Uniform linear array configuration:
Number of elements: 8
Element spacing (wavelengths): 1
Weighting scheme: hann
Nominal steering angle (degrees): -60
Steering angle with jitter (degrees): -59.306
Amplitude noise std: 0.05
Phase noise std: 0.05

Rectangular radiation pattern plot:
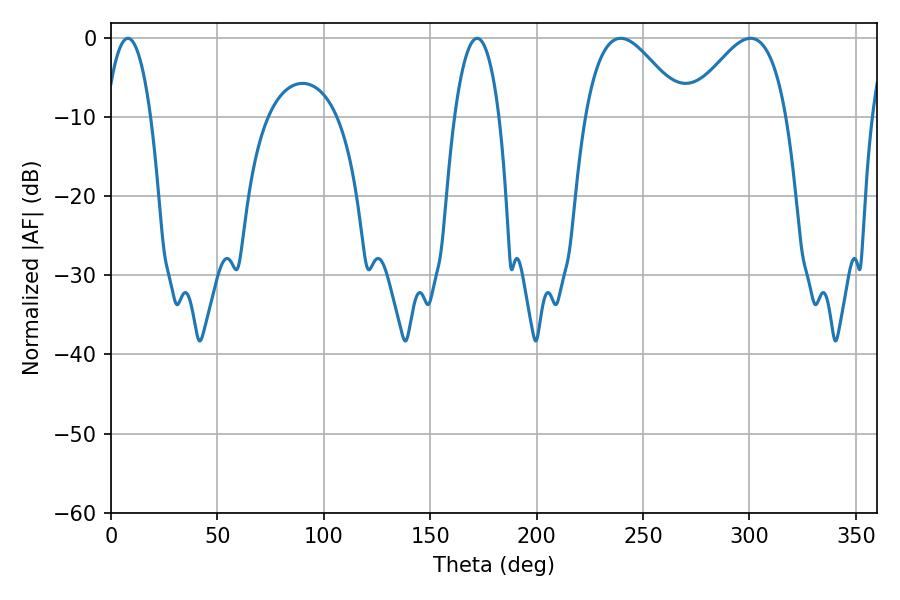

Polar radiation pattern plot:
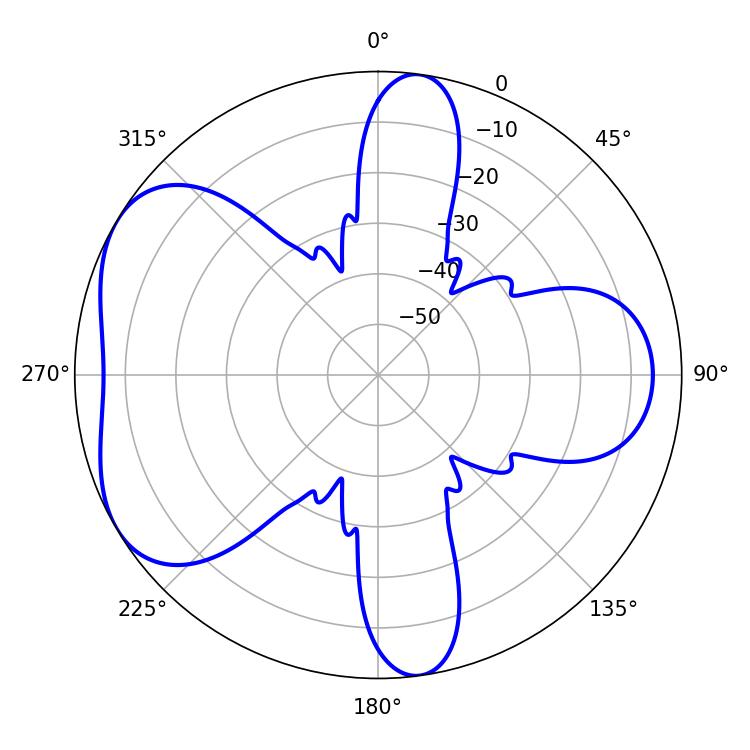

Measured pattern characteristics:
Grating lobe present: TRUE
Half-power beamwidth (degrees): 11.7
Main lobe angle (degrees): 172.08